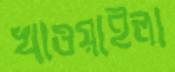
খাওয়াইলা